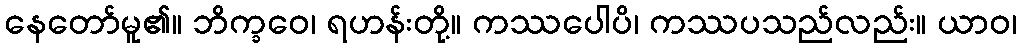
နေတော်မူ၏။ ဘိက္ခဝေ၊ ရဟန်းတို့။ ကဿပေါပိ၊ ကဿပသည်လည်း။ ယာဝ၊